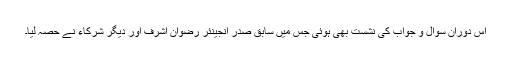
اس دوران سوال و جواب کی نشست بھی ہوئی جس میں سابق صدر انجینئر رضوان اشرف اور دیگر شرکاء نے حصہ لیا۔